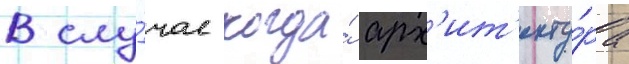
В слу́чае когда́ арх'ит'екту́ра